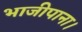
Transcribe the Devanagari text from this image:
भाजीपाना।